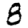
Digit: 8